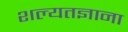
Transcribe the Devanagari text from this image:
शल्यतज्ञाना